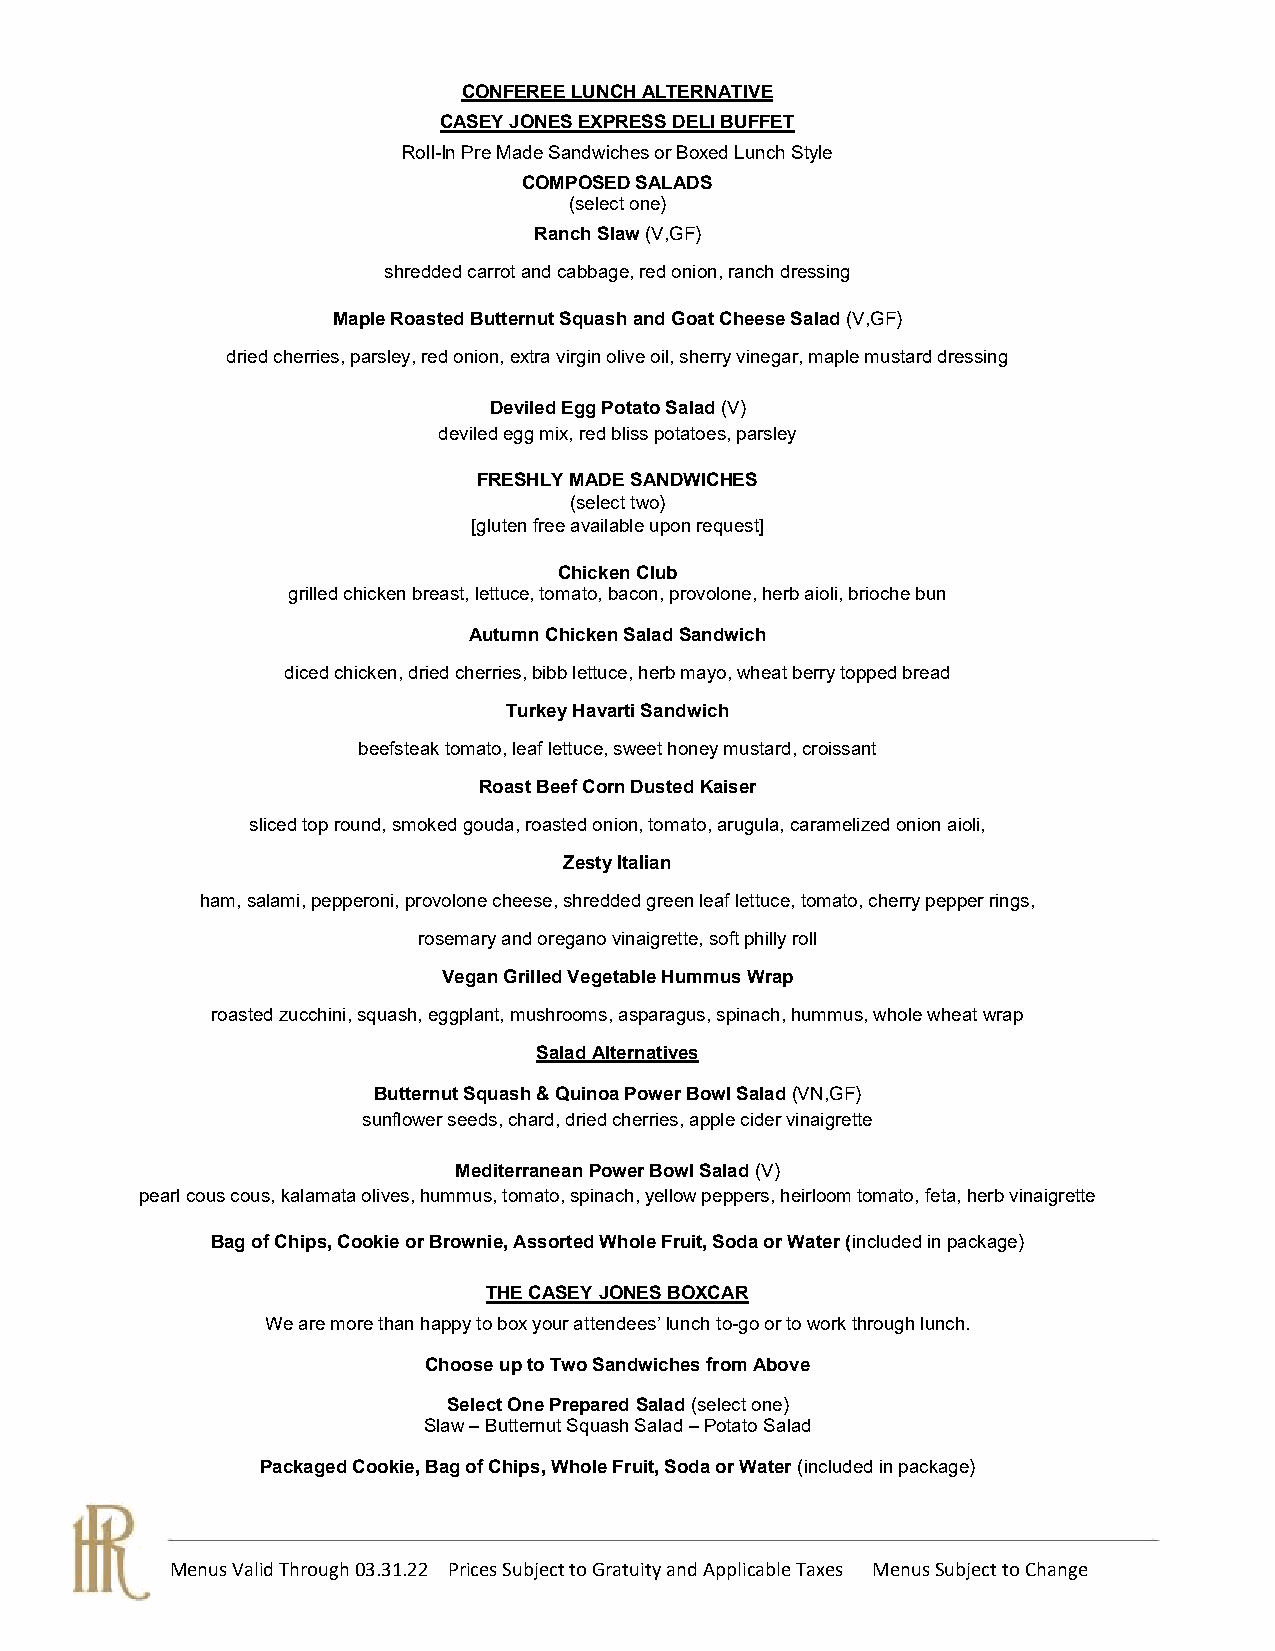
CONFEREE LUNCH ALTERNATIVE
 CASEY JONES EXPRESS DELI BUFFET
 Roll-In Pre Made Sandwiches or Boxed Lunch Style
 COMPOSED SALADS
 (select one)
 Ranch Slaw (V,GF)
 shredded carrot and cabbage, red onion, ranch dressing
 Maple Roasted Butternut Squash and Goat Cheese Salad (V,GF)
 dried cherries, parsley, red onion, extra virgin olive oil, sherry vinegar, maple mustard dressing
 Deviled Egg Potato Salad (V)
 deviled egg mix, red bliss potatoes, parsley
 FRESHLY MADE SANDWICHES
 (select two)
 [gluten free available upon request]
 Chicken Club
 grilled chicken breast, lettuce, tomato, bacon, provolone, herb aioli, brioche bun
 Autumn Chicken Salad Sandwich
 diced chicken, dried cherries, bibb lettuce, herb mayo, wheat berry topped bread
 Turkey Havarti Sandwich
 beefsteak tomato, leaf lettuce, sweet honey mustard, croissant
 Roast Beef Corn Dusted Kaiser
 sliced top round, smoked gouda, roasted onion, tomato, arugula, caramelized onion aioli,
 Zesty Italian
 ham, salami, pepperoni, provolone cheese, shredded green leaf lettuce, tomato, cherry pepper rings,
 rosemary and oregano vinaigrette, soft philly roll
 Vegan Grilled Vegetable Hummus Wrap
 roasted zucchini, squash, eggplant, mushrooms, asparagus, spinach, hummus, whole wheat wrap
 Salad Alternatives
 Butternut Squash & Quinoa Power Bowl Salad (VN,GF)
 sunflower seeds, chard, dried cherries, apple cider vinaigrette
 Mediterranean Power Bowl Salad (V)
 pearl cous cous, kalamata olives, hummus, tomato, spinach, yellow peppers, heirloom tomato, feta, herb vinaigrette
 Bag of Chips, Cookie or Brownie, Assorted Whole Fruit, Soda or Water (included in package)
 THE CASEY JONES BOXCAR
 We are more than happy to box your attendees’ lunch to-go or to work through lunch.
 Choose up to Two Sandwiches from Above
 Select One Prepared Salad (select one)
 Slaw – Butternut Squash Salad – Potato Salad
 Packaged Cookie, Bag of Chips, Whole Fruit, Soda or Water (included in package)
 Menus Valid Through 03.31.22 Prices Subject to Gratuity and Applicable Taxes Menus Subject to Change